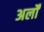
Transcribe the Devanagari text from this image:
अर्लों